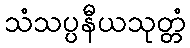
သံသပ္ပနီယသုတ္တံ